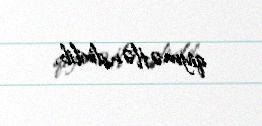
qiymətləndirilib.